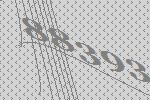
88393